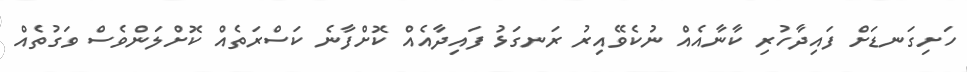
ހަށިގަނޑަށް ފައިދާހުރި ކާނާއެއް ނުކެވޭއިރު ރަނގަޅު ފައިދާއެއް ކޮށްފާނެ ކަސްރަތެއް ކޮށްލަންވެސް ވަގުތެއް